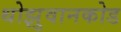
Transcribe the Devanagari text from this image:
थोझुवानकोड